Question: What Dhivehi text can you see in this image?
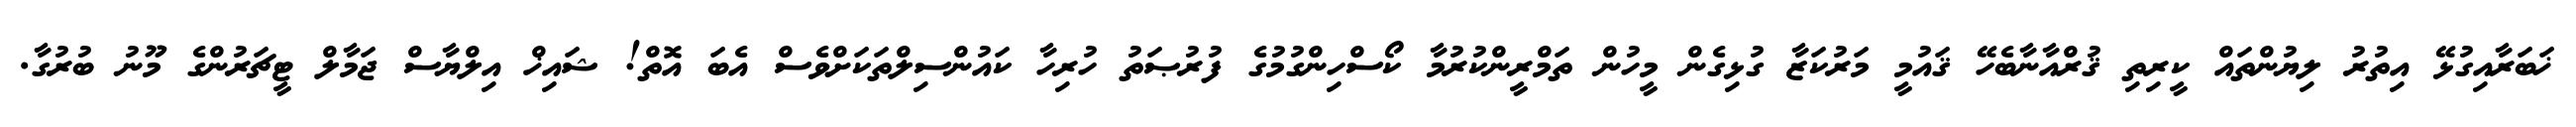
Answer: ޚަބަރާއިގުޅޭ އިތުރު ލިޔުންތައް ކީރިތި ޤުރްއާނާބެހޭ ޤައުމީ މަރުކަޒާ ގުޅިގެން މީހުން ތަމްރީންކުރުމާ ކޯސްހިންގުމުގެ ފުރުޞަތު ހުރިހާ ކައުންސިލްތަކަށްވެސް އެބަ އޮތް! ޝައިޚް އިލްޔާސް ޖަމާލް ޓީޗަރުންގެ މޫނު ބުރުގާ.